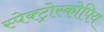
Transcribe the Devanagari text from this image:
स्पेक्ट्रोस्कोपिय